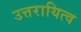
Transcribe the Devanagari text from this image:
उत्तरायित्व